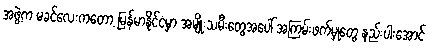
အဖွဲ့က မခင်လေးကတော့ မြန်မာနိုင်ငံမှာ အမျိုးသမီးတွေအပေါ် အကြမ်းဖက်မှုတွေ နည်းပါးအောင်